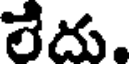
లేదు.